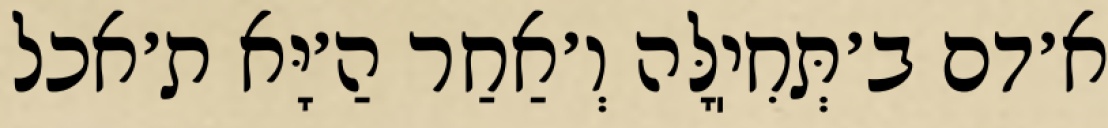
א׳דם ב׳תְּחִיֽלָּה וְ׳אַחַר הַ׳יָּא ת׳אכל